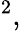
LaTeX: ^2,